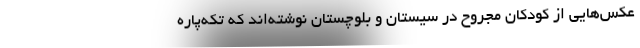
عکس‌هایی از کودکان مجروح در سیستان و بلوچستان نوشته‌اند که تکه‌پاره